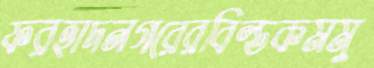
ফরহাদনগরেরবিল্ডকমমু